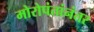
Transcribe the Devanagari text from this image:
मोरोपंतांनंतर